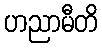
ဟညာမီတိ